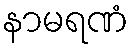
နာမရဏံ